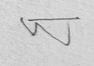
Signature authenticity: forged